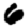
Digit: 6